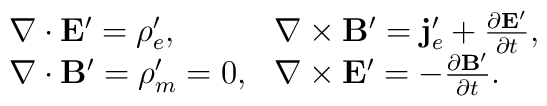
\begin{array}{ll}\nabla\cdot \mathbf{E}^{\prime} =\rho_e^{\prime}, &\nabla\times\mathbf{B}^{\prime} =\mathbf{j}_e^{\prime}+\frac{\partial\mathbf{E^{\prime}} }{\partial t},\\\nabla\cdot \mathbf{B}^{\prime} =\rho_m^{\prime} =0,&\nabla\times\mathbf{E}^{\prime} = -\frac{\partial\mathbf{B^{\prime}} }{\partial t}.\end{array}